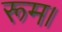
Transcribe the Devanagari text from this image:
रूम।